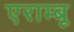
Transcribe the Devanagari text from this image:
एराम्बू